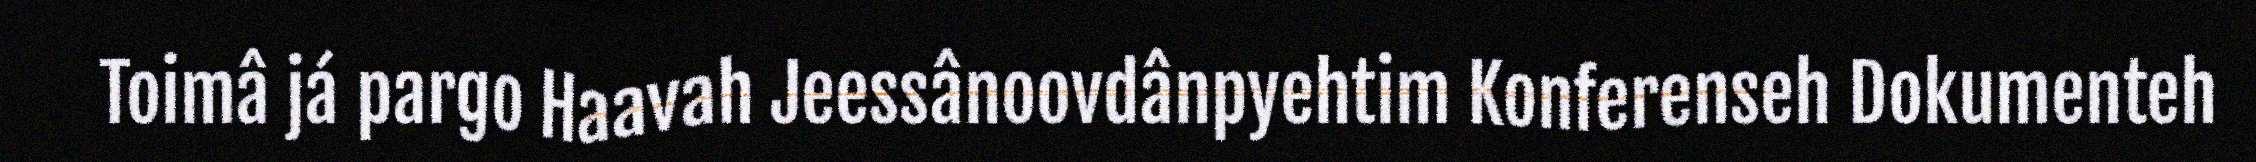
Toimâ já pargo Haavah Jeessânoovdânpyehtim Konferenseh Dokumenteh